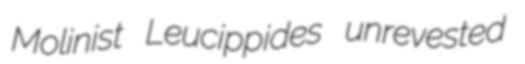
Molinist Leucippides unrevested